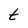
Character: t